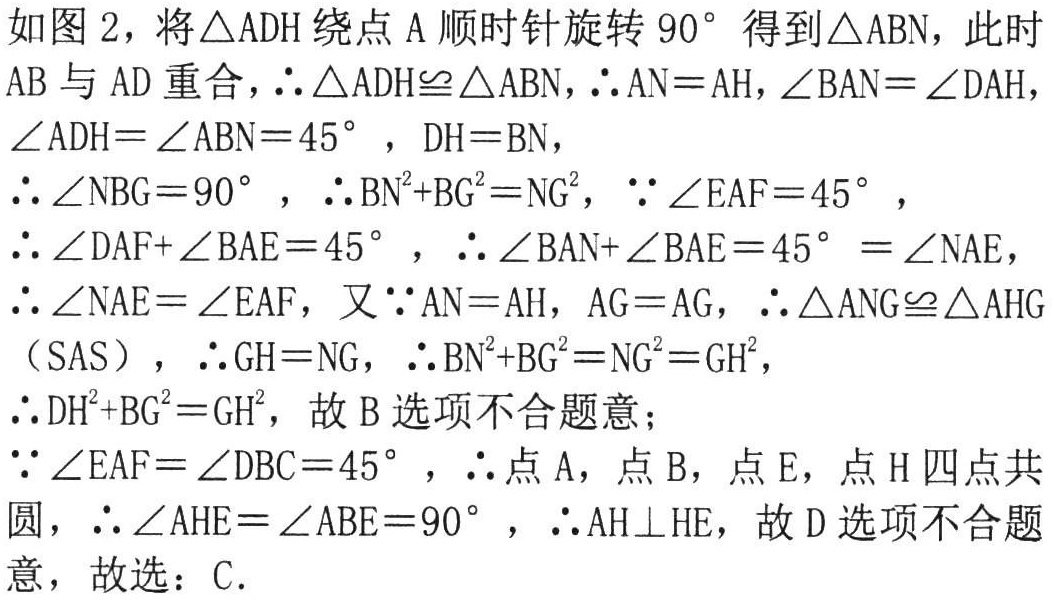
如图 2，将\(\triangle ADH\)绕点\(A\)顺时针旋转\(90^{\circ}\)得到\(\triangle ABN\)，此时\(AB\)与\(AD\)重合，\(\therefore\triangle ADH\cong\triangle ABN\)，\(\therefore AN = AH\)，\(\angle BAN=\angle DAH\)，\(\angle ADH=\angle ABN = 45^{\circ}\)，\(DH = BN\)，

\(\therefore\angle NBG = 90^{\circ}\)，\(\therefore BN^{2}+BG^{2}=NG^{2}\)，\(\because\angle EAF = 45^{\circ}\)，

\(\therefore\angle DAF+\angle BAE = 45^{\circ}\)，\(\therefore\angle BAN+\angle BAE = 45^{\circ}=\angle NAE\)，

\(\therefore\angle NAE=\angle EAF\)，又\(\because AN = AH\)，\(AG = AG\)，\(\therefore\triangle ANG\cong\triangle AHG\)（SAS），\(\therefore GH = NG\)，\(\therefore BN^{2}+BG^{2}=NG^{2}=GH^{2}\)，

\(\therefore DH^{2}+BG^{2}=GH^{2}\)，故 B 选项不合题意；

\(\because\angle EAF=\angle DBC = 45^{\circ}\)，\(\therefore\)点\(A\)，点\(B\)，点\(E\)，点\(H\)四点共圆，\(\therefore\angle AHE=\angle ABE = 90^{\circ}\)，\(\therefore AH\perp HE\)，故 D 选项不合题意，故选：C.